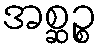
အစ္ဆဉ္စ